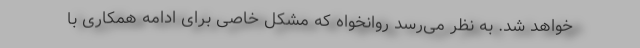
خواهد شد. به نظر می‌رسد روانخواه که مشکل خاصی برای ادامه همکاری با